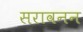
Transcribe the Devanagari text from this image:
सरावनन